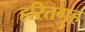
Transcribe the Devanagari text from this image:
हरितगृह